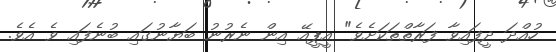
ހުއްދަ ދީފައިވާ ފަރާތްތަކަށެވެ" އީޕީއޭ އިން ނެރުނު ބަޔާނުގައި ބުނެފައި ވެ އެވެ.